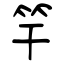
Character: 竿